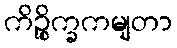
ကိဉ္စိက္ခကမျတာ